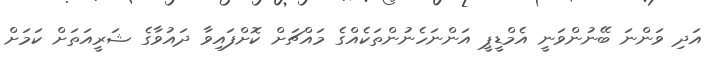
އަދި ވަންނަ ބޭނުންވަނީ އެމްޑީޕީ އަންނަހެނުންތަކެއްގެ މައްޗަށް ކޮށްފައިވާ ދައުވާގެ ޝަރީއަތަށް ކަމަށް